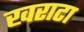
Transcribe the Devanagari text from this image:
खराटा